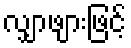
လျှာဖျားဖြင့်